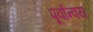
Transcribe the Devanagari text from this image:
पूर्वान्वय